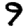
Digit: 9